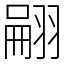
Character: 翤